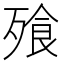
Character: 飱